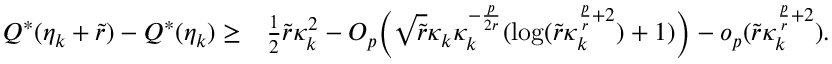
\begin{array} { r l } { Q ^ { * } ( \eta _ { k } + \widetilde { r } ) - Q ^ { * } ( \eta _ { k } ) \ge } & { \frac { 1 } { 2 } \widetilde { r } \kappa _ { k } ^ { 2 } - O _ { p } \Big ( \sqrt { \widetilde { r } } \kappa _ { k } \kappa _ { k } ^ { - \frac { p } { 2 r } } ( \log ( \widetilde { r } \kappa _ { k } ^ { \frac { p } { r } + 2 } ) + 1 ) \Big ) - o _ { p } ( \widetilde { r } \kappa _ { k } ^ { \frac { p } { r } + 2 } ) . } \end{array}